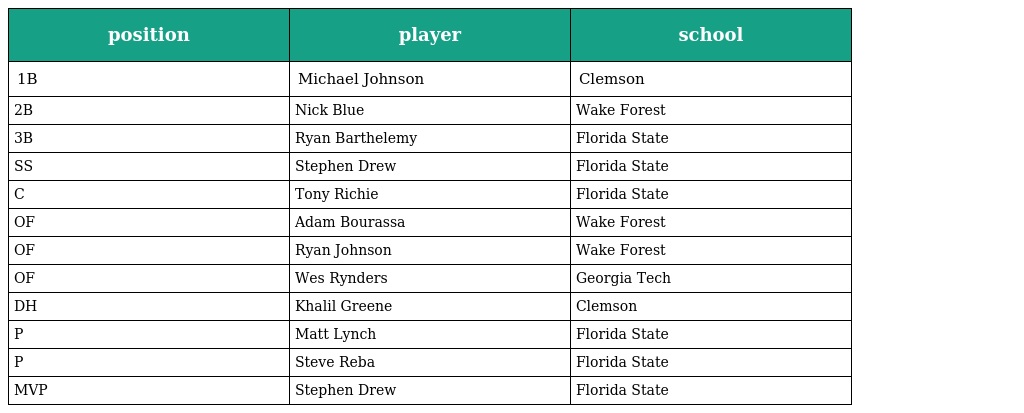
| position | player | school |
 | --- | --- | --- |
 | 1B | Michael Johnson | Clemson |
 | 2B | Nick Blue | Wake Forest |
 | 3B | Ryan Barthelemy | Florida State |
 | SS | Stephen Drew | Florida State |
 | C | Tony Richie | Florida State |
 | OF | Adam Bourassa | Wake Forest |
 | OF | Ryan Johnson | Wake Forest |
 | OF | Wes Rynders | Georgia Tech |
 | DH | Khalil Greene | Clemson |
 | P | Matt Lynch | Florida State |
 | P | Steve Reba | Florida State |
 | MVP | Stephen Drew | Florida State |